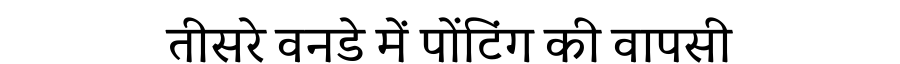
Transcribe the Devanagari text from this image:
तीसरे वनडे में पोंटिंग की वापसी